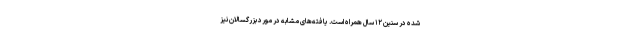
شده در سنین ۱۲ سال همراه است. یافته‌های مشابه در مورد بزرگسالان نیز